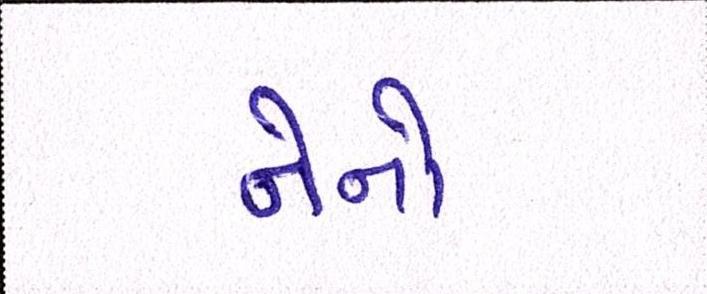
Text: નેનો